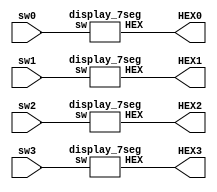
module L3part1(sw0,sw1,sw2,sw3,HEX0,HEX1,HEX2,HEX3);
	input[3:0] sw0,sw1,sw2,sw3; //switch
	output [0:6] HEX0,HEX1,HEX2,HEX3; //7-segment
	
	display_7seg H0(sw0,HEX0);
	display_7seg H1(sw1,HEX1);
	display_7seg H2(sw2,HEX2);
	display_7seg H3(sw3,HEX3);
	

endmodule

module display_7seg(sw,HEX);
	input[3:0] sw;
	output [0:6]HEX;
	
	assign HEX = (sw == 4'b0000) ? 7'b0000001: // showing 0
					 (sw == 4'b0001) ? 7'b1001111: // showing 1
					 (sw == 4'b0010) ? 7'b0010010: // showing 2
					 (sw == 4'b0011) ? 7'b0000110: // showing 3
					 (sw == 4'b0100) ? 7'b1001100: // showing 4
					 (sw == 4'b0101) ? 7'b0100100: // showing 5
					 (sw == 4'b0110) ? 7'b0100000: // showing 6
					 (sw == 4'b0111) ? 7'b0001101: // showing 7
					 (sw == 4'b1000) ? 7'b0000000: // showing 8
					 (sw == 4'b1001) ? 7'b0000100: // showing 9
											 7'b1111111;
endmodule